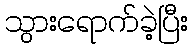
သွားရောက်ခဲ့ပြီး